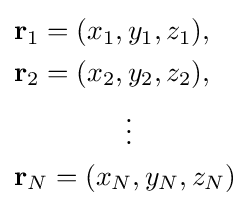
{\begin{aligned}&\mathbf {r} _{1}=(x_{1},y_{1},z_{1}),\\&\mathbf {r} _{2}=(x_{2},y_{2},z_{2}),\\&\qquad \qquad \vdots \\&\mathbf {r} _{N}=(x_{N},y_{N},z_{N})\end{aligned}}